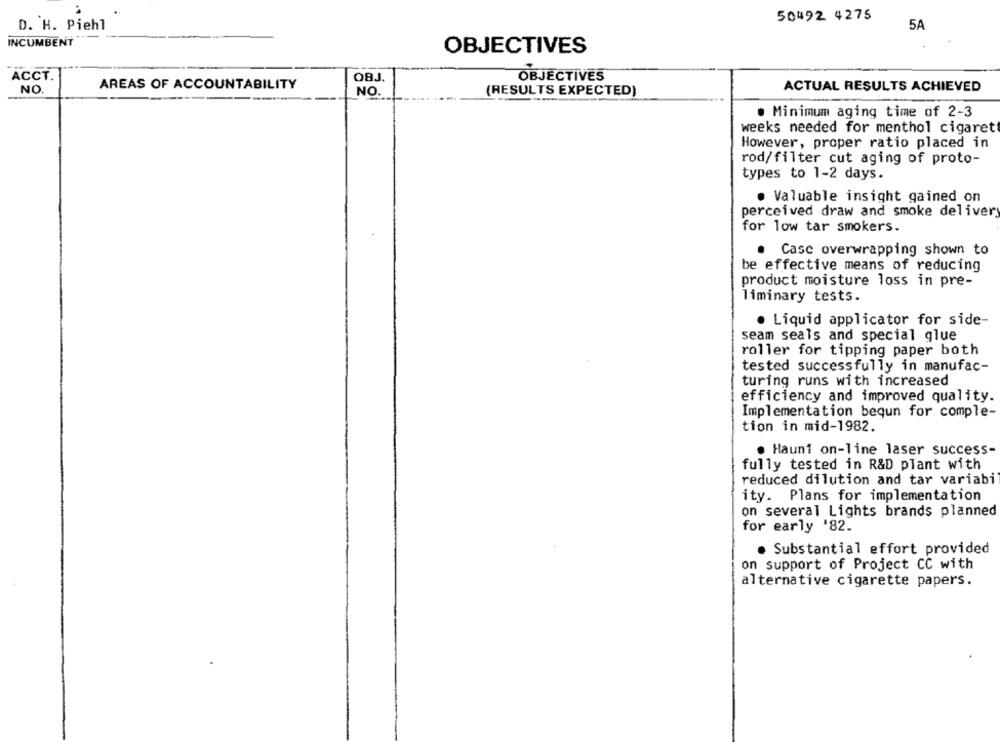
50492 4275
D. H. Piehl
5A
INCUMBENT
OBJECTIVES
ACCT.
OBJ.
OBJECTIVES
NO.
AREAS OF ACCOUNTABILITY
ACTUAL RESULTS ACHIEVED
NO.
(RESULTS EXPECTED)
. Minimum aging time of 2-3
weeks needed for menthol cigaret
However, proper ratio placed in
rod/filter cut aging of proto-
types to 1-2 days.
. Valuable insight gained on
perceived draw and smoke delivery
for low tar smokers.
Casc overwrapping shown to
.
be effective means of reducing
product moisture loss in pre-
liminary tests.
· Liquid applicator for side-
seam seals and special glue
roller for tipping paper both
tested successfully in manufac-
turing runs with increased
efficiency and improved quality.
Implementation bequn for comple-
tion in mid-1982.
. Hauni on-line laser success-
fully tested in R&D plant with
reduced dilution and tar variabi
ity. Plans for implementation
on several Lights brands planned
for early '82.
· Substantial effort provided
on support of Project CC with
alternative cigarette papers.